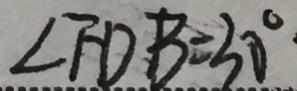
\angle F D B = 3 0 ^ { \circ }